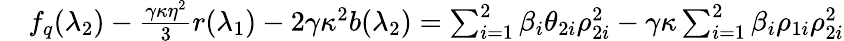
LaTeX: \begin{array}{rl}&{f_{q}(\lambda_{2})-\frac{\gamma\kappa\eta^{2}}{3}r(\lambda_{1})-2\gamma\kappa^{2}b(\lambda_{2})=\sum_{i=1}^{2}\beta_{i}\theta_{2i}\rho_{2i}^{2}-\gamma\kappa\sum_{i=1}^{2}\beta_{i}\rho_{1i}\rho_{2i}^{2}}\end{array}